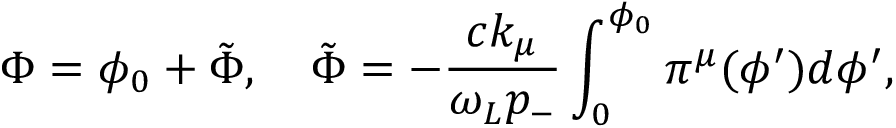
\Phi = \phi _ { 0 } + \tilde { \Phi } , \quad \tilde { \Phi } = - \frac { c k _ { \mu } } { \omega _ { L } p _ { - } } \int _ { 0 } ^ { \phi _ { 0 } } \pi ^ { \mu } ( \phi ^ { \prime } ) d \phi ^ { \prime } ,